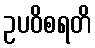
ဥပဝိစရတိ